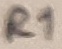
Text: R1